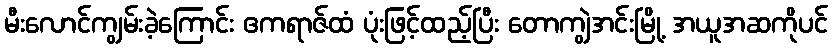
မီးလောင်ကျွမ်းခဲ့ကြောင်း ဧကရာဇ်ထံ ပုံးဖြင့်ထည့်ပြီး တောကျွဲအင်းမြို့ အယူအဆကိုပင်